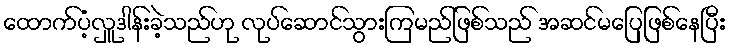
ထောက်ပံ့လှူဒါန်းခဲ့သည်ဟု လုပ်ဆောင်သွားကြမည်ဖြစ်သည် အဆင်မပြေဖြစ်နေပြီး